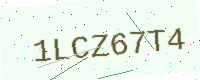
Text: 1LCZ67T4